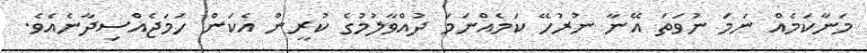
މަނާކަމެއް ނަމަ ނުވަތަ އޭނާ ނުރުހޭ ކަމެއްނަމަ ދުއްވާލުމުގެ ކުރީން އެކަން ހަމަޖެއްސިދާނެއެވެ.